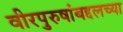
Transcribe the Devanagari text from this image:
वीरपुरुषांबद्दलच्या